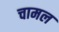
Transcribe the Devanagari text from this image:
चामल